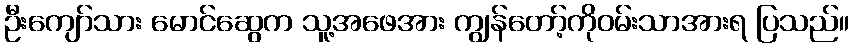
ဦးကျော်သား မောင်ဆွေက သူ့အဖေအား ကျွန်တော့်ကိုဝမ်းသာအားရ ပြသည်။